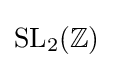
{\text{SL}}_{2}(\mathbb {Z} )